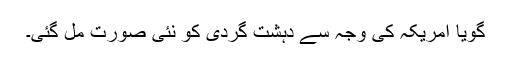
گویا امریکہ کی وجہ سے دہشت گردی کو نئی صورت مل گئی۔